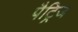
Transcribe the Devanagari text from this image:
पैट्रिज